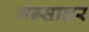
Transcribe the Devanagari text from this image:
भन्साघर